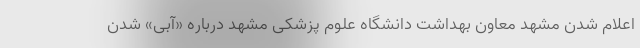
اعلام شدن مشهد معاون بهداشت دانشگاه علوم پزشکی مشهد درباره «آبی» شدن